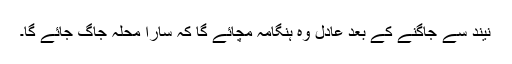
نیند سے جاگنے کے بعد عادل وہ ہنگامہ مچائے گا کہ سارا محلہ جاگ جائے گا۔